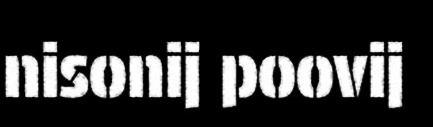
nisonij poovij